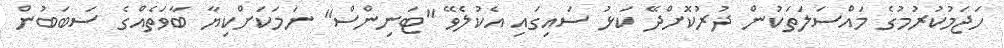
ހަޖަމުކުރުމުގެ މައްސަލަތަކުން ދުރުކޮށްދޭ ކަޅު ސައިގައި އެކުލެވޭ "ޓަނިންސް" ނަމަކަށްކިޔާ ބާވަތެއްގެ ސަބަބުން